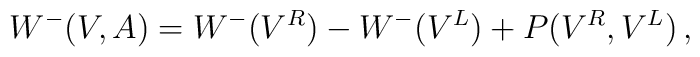
W^-(V,A)=W^-(V^R)-W^-(V^L)+P(V^R,V^L)\,,